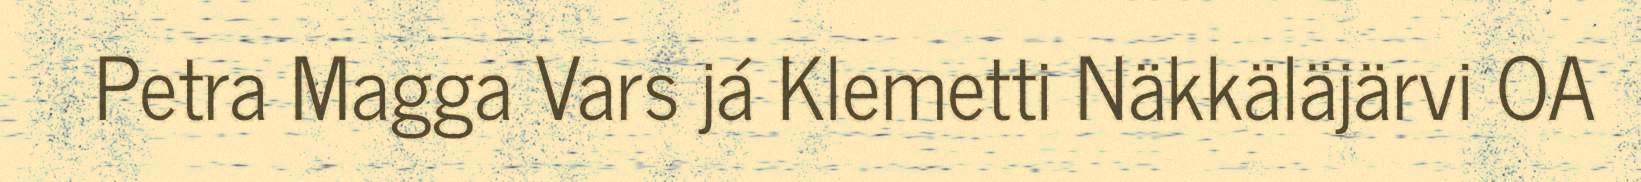
Petra Magga Vars já Klemetti Näkkäläjärvi OA